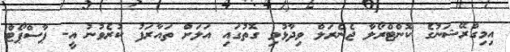
އިމިގްރޭޝަނުގެ ކޮންޓްރޯލާ ޖެނެރަލް ވިދާޅުވި ގޮތުގައި އަލަށް ތައާރަފު ކުރެވުނު އީ- ޕާސްޕޯޓް